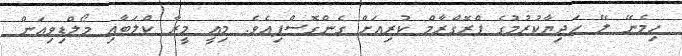
ހިމެނޭ ލޭ ހަދިޔާކުރުމުގެ ޕްރޮގްރާމް ކުރިއަށް ގެންގޮސްފިއެވެ. މިއީ މީރާ ކްލަބާއި މޯލްޑިވިއަން